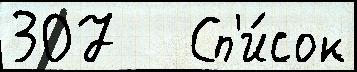
307   Сп'и́сок